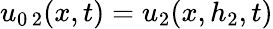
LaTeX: u_{0\, 2}(x,t)=u_{2}(x,h_{2},t)